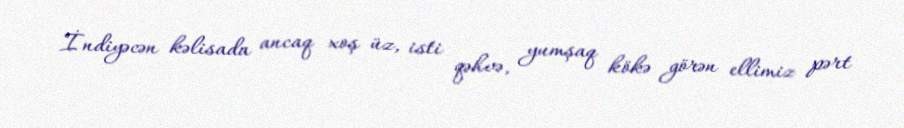
İndiyəcən kəlisada ancaq xoş üz, isti qəhvə, yumşaq kökə görən ellimiz pərt